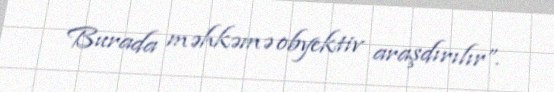
Burada məhkəmə obyektiv araşdırılır”.